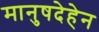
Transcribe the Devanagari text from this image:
मानुषदेहेन